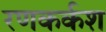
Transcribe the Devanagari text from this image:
रणकर्कश